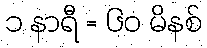
၁ နာရီ = ၆၀ မိနစ်